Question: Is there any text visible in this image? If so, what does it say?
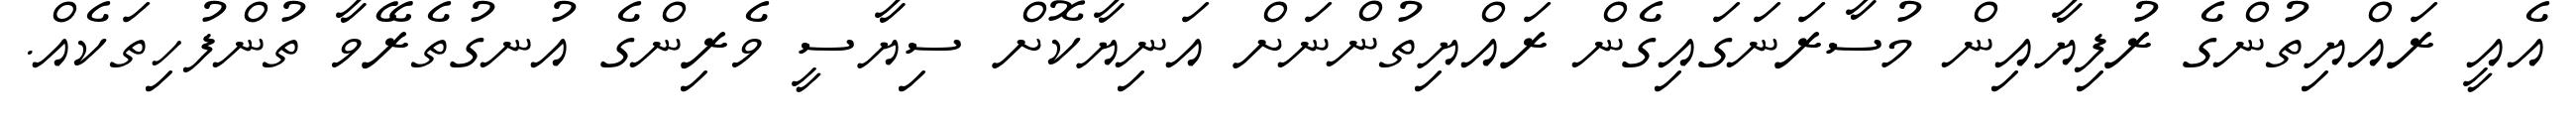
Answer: އެއީ ރައްޔިތުންގެ ރުފިޔާއިން މުސާރަނަގައިގެން ރައްޔިތުންނަށް އަނިޔާކޮށް ސިޔާސީ ވެރިންގެ އުނގުތެރޭވާ ތުންފުހިތަކެއް.